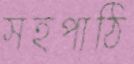
সহপাঠি